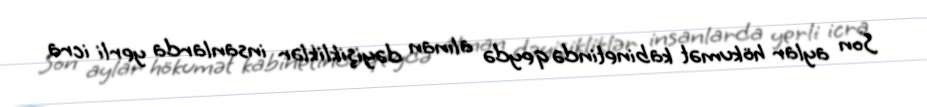
Son aylar hökumət kabinetində qeydə alınan dəyişikliklər insanlarda yerli icra